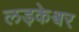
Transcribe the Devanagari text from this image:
लड़केश्वर